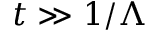
t \gg 1 / \Lambda